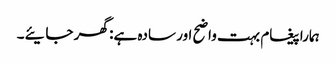
ہمارا پیغام بہت واضح اور سادہ ہے: گھر جایئے۔